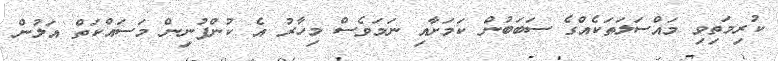
ކުރިމަތިވި މައްސަލަތަކެއްގެ ސަބަބުން ކަމަށާއި ނަމަވެސް މިހާރު އެ ކުންފުނިން މަސައްކަތް އަލުން